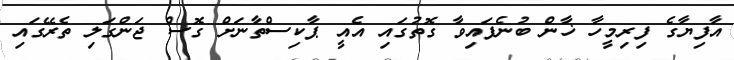
އާފިޔާގެ ފިރިމީހާ ޚާން ބުނެފައިވާ ގޮތުގައި އެއީ ޕާކިސްތާނަށް ގޮސް ޖަންގަލި ތެރޭގައި